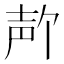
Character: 𪤲